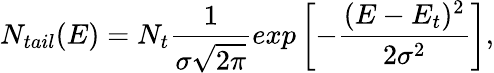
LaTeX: N_{tail}(E)=N_{t}\frac{1}{\sigma\sqrt{2\pi}}exp\left[-\frac{(E-E_{t})^{2}}{2\sigma^{2}}\right],